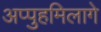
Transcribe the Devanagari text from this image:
अप्पुहमिलागे